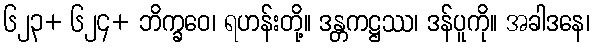
၆၂၃+ ၆၂၄+ ဘိက္ခဝေ၊ ရဟန်းတို့။ ဒန္တကဋ္ဌဿ၊ ဒန်ပူကို။ အခါဒနေ၊